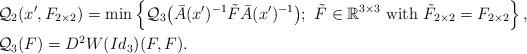
LaTeX: \begin{align*}& \mathcal{Q}_2(x', F_{2\times 2}) = \min\left\{ \mathcal{Q}_3\big(\bar A(x')^{-1}\tilde F \bar A(x')^{-1}\big); ~ \tilde F\in\mathbb{R}^{3\times 3} \mbox{ with }\tilde F_{2\times 2} = F_{2\times 2}\right\},\\& \mathcal{Q}_3(F) = D^2 W(Id_3)(F,F).\end{align*}